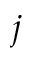
j